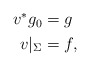
\begin{align*}\begin{aligned}v^*g_0 & = g\quad\\v|_\Sigma & = f,\end{aligned}\end{align*}